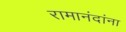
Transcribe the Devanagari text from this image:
रामानंदांना